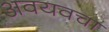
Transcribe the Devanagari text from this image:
अवयवचा